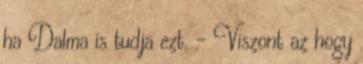
ha Dalma is tudja ezt. - Viszont az hogy